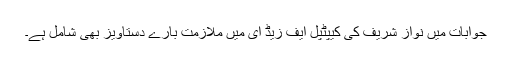
جوابات میں نواز شریف کی کیپٹپل ایف زیڈ ای میں ملازمت بارے دستاویز بھی شامل ہے۔